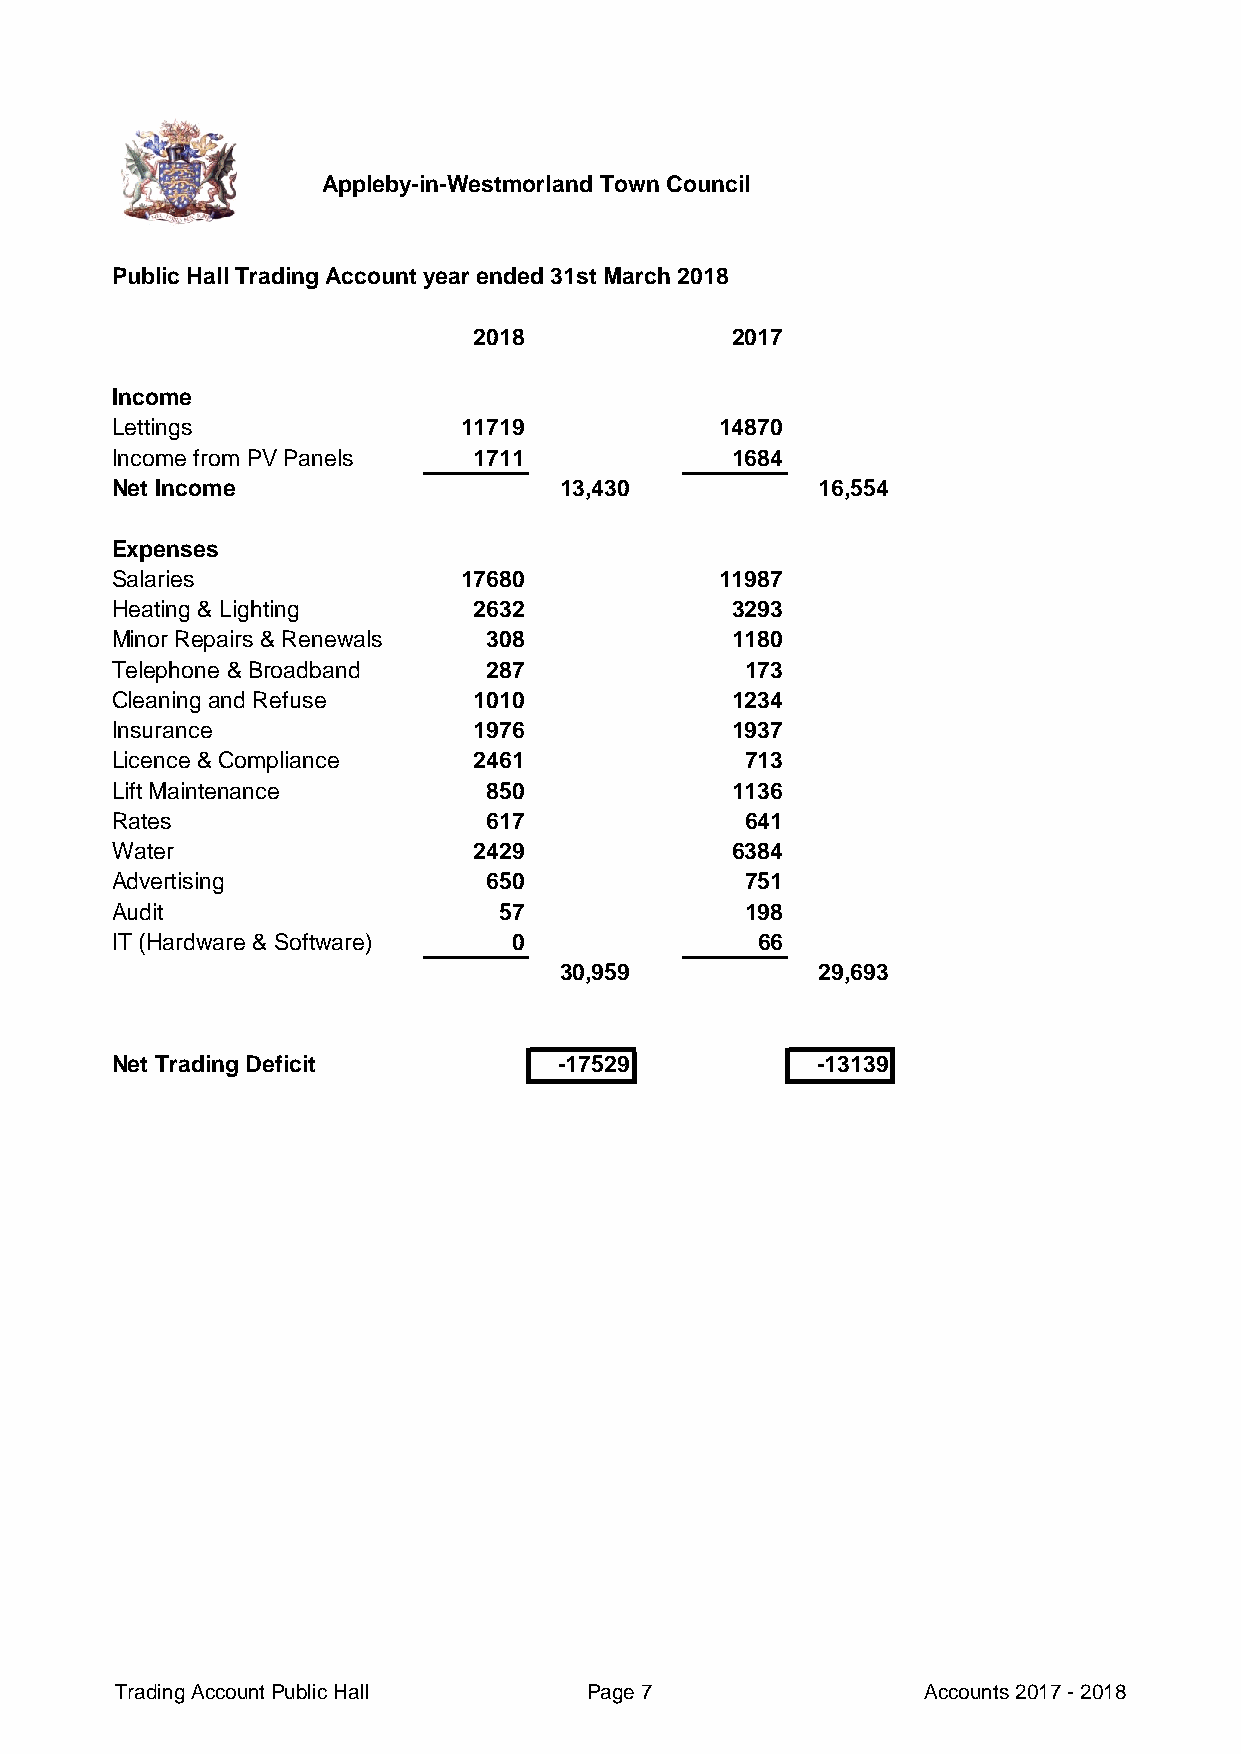
Appleby-in-Westmorland Town Council
 Public Hall Trading Account year ended 31st March 2018
 2018             2017
 Income
 Lettings               11719             14870
 Income from PV Panels   1711             1684
 Net Income                    13,430           16,554
 Expenses
 Salaries               17680             11987
 Heating & Lighting      2632             3293
 Minor Repairs & Renewals 308             1180
 Telephone & Broadband    287              173
 Cleaning and Refuse     1010             1234
 Insurance               1976             1937
 Licence & Compliance    2461              713
 Lift Maintenance         850             1136
 Rates                    617              641
 Water                   2429             6384
 Advertising              650              751
 Audit                     57              198
 IT (Hardware & Software)   0               66
 30,959           29,693
 Net Trading Deficit           -17529           -13139
 Trading Account Public Hall    Page 7                Accounts 2017 - 2018